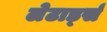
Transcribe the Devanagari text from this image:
लेटार्ड्स